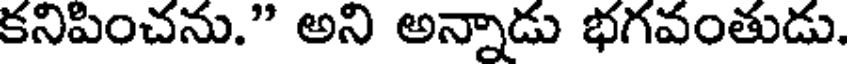
కనిపించను." అని అన్నాడు భగవంతుడు.